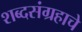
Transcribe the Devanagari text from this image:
शब्दसंग्रहाचे